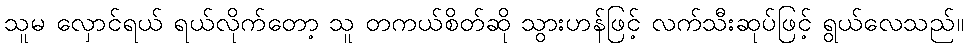
သူမ လှောင်ရယ် ရယ်လိုက်တော့ သူ တကယ်စိတ်ဆို သွားဟန်ဖြင့် လက်သီးဆုပ်ဖြင့် ရွယ်လေသည်။